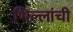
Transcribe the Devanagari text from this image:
भिल्लांची